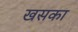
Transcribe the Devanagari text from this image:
खसका